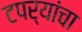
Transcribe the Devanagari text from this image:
टपर्‍यांचा